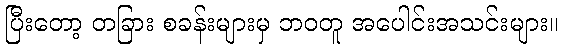
ပြီးတော့ တခြား စခန်းများမှ ဘဝတူ အပေါင်းအသင်းများ။